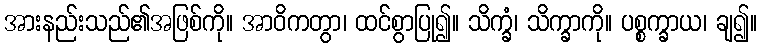
အားနည်းသည်၏အဖြစ်ကို။ အာဝိကတွာ၊ ထင်စွာပြု၍။ သိက္ခံ၊ သိက္ခာကို။ ပစ္စက္ခာယ၊ ချ၍။